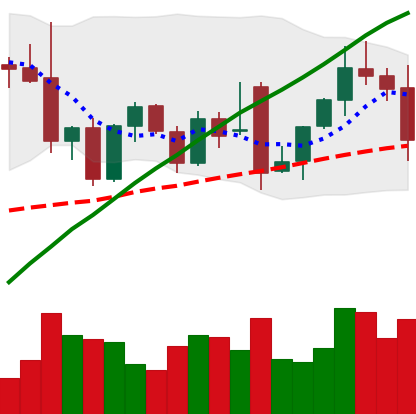
Ticker: ETH-USD
Chart end date: 2021-12-03
Forward return: 5.181%
Label: up_5_7